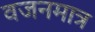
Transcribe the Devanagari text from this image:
वजनमात्र